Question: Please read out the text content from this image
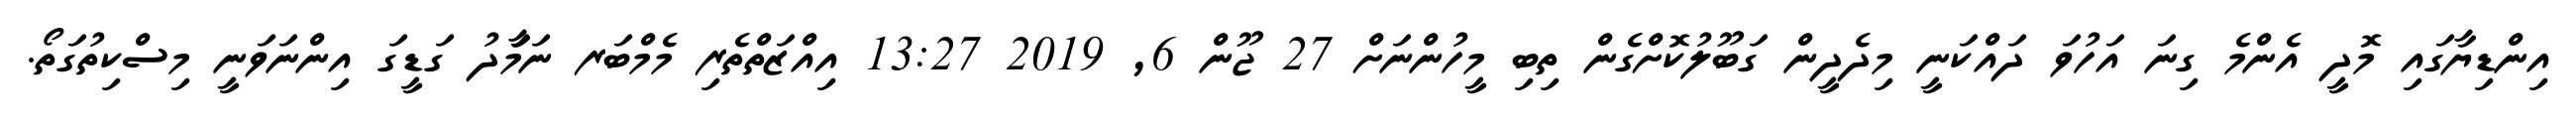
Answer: އިންޑިޔާގައި މޮދީ އެންމެ ގިނަ އަހުވަ ދައްކަނީ މިދެދީން ގަބޫލުކޮށްގެން ތިބި މީހުންނަށް 27 ޖޫން 6, 2019 13:27 އިއްޒަތްތެރި މެމްބަރ ނަމަާދު ގަޑީގަ އިންނަވަނީ މިސްކިތުގަތޯ.